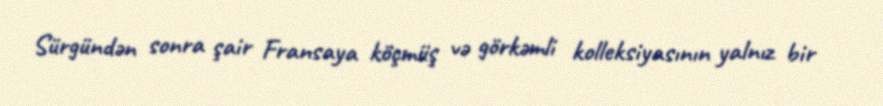
Sürgündən sonra şair Fransaya köçmüş və görkəmli kolleksiyasının yalnız bir